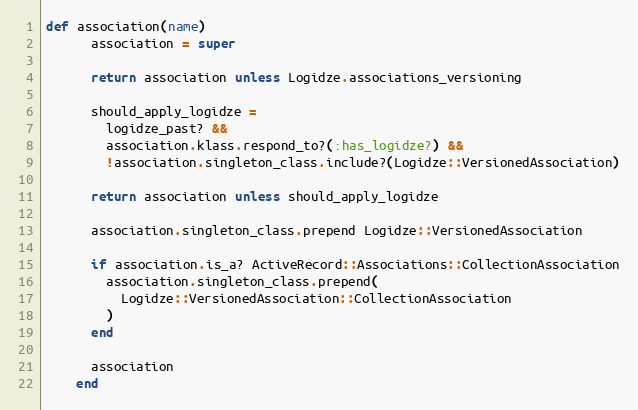
Language: Ruby
def association(name)
      association = super

      return association unless Logidze.associations_versioning

      should_apply_logidze =
        logidze_past? &&
        association.klass.respond_to?(:has_logidze?) &&
        !association.singleton_class.include?(Logidze::VersionedAssociation)

      return association unless should_apply_logidze

      association.singleton_class.prepend Logidze::VersionedAssociation

      if association.is_a? ActiveRecord::Associations::CollectionAssociation
        association.singleton_class.prepend(
          Logidze::VersionedAssociation::CollectionAssociation
        )
      end

      association
    end